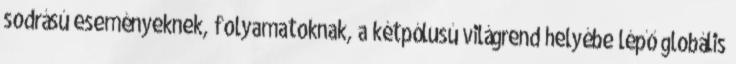
sodrású eseményeknek, folyamatoknak, a kétpólusú világrend helyébe lépő globális